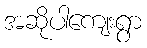
အဆိုပါကျေးရွာ